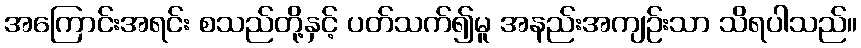
အကြောင်းအရင်း စသည်တို့နှင့် ပတ်သက်၍မူ အနည်းအကျဉ်းသာ သိရပါသည်။